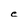
Character: C